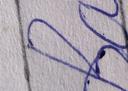
Signature authenticity: forged